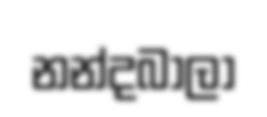
නන්දබාලා